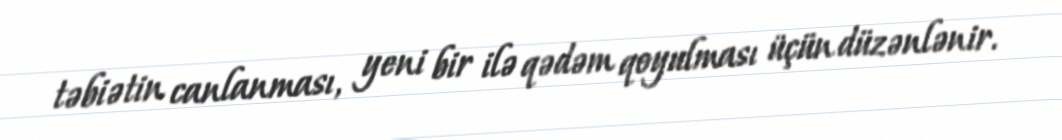
təbiətin canlanması, yeni bir ilə qədəm qoyulması üçün düzənlənir.